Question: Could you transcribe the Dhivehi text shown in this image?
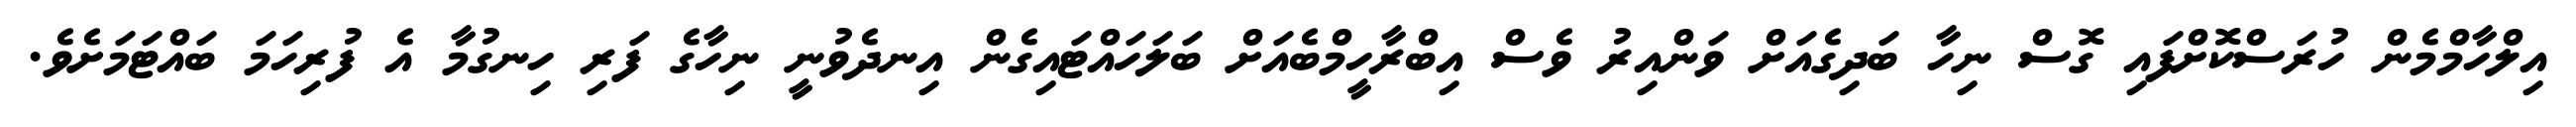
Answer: އިލްހާމްމެން ހުރަސްކޮށްފައި ގޮސް ނިހާ ބަދިގެއަށް ވަންއިރު ވެސް އިބްރާހީމްބެއަށް ބަލަހައްޓައިގެން އިނދެވުނީ ނިހާގެ ފަރި ހިނގުމާ އެ ފުރިހަމަ ބައްޓަމަށެވެ.